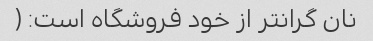
نان گرانتر از خود فروشگاه است: (